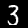
Label: 3